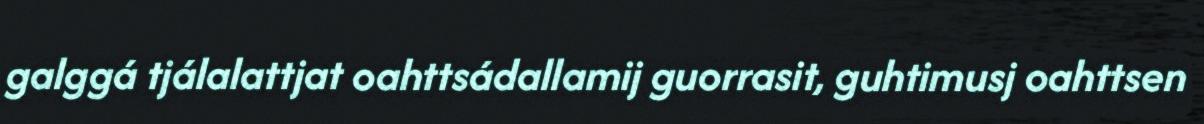
galggá tjálalattjat oahttsádallamij guorrasit, guhtimusj oahttsen